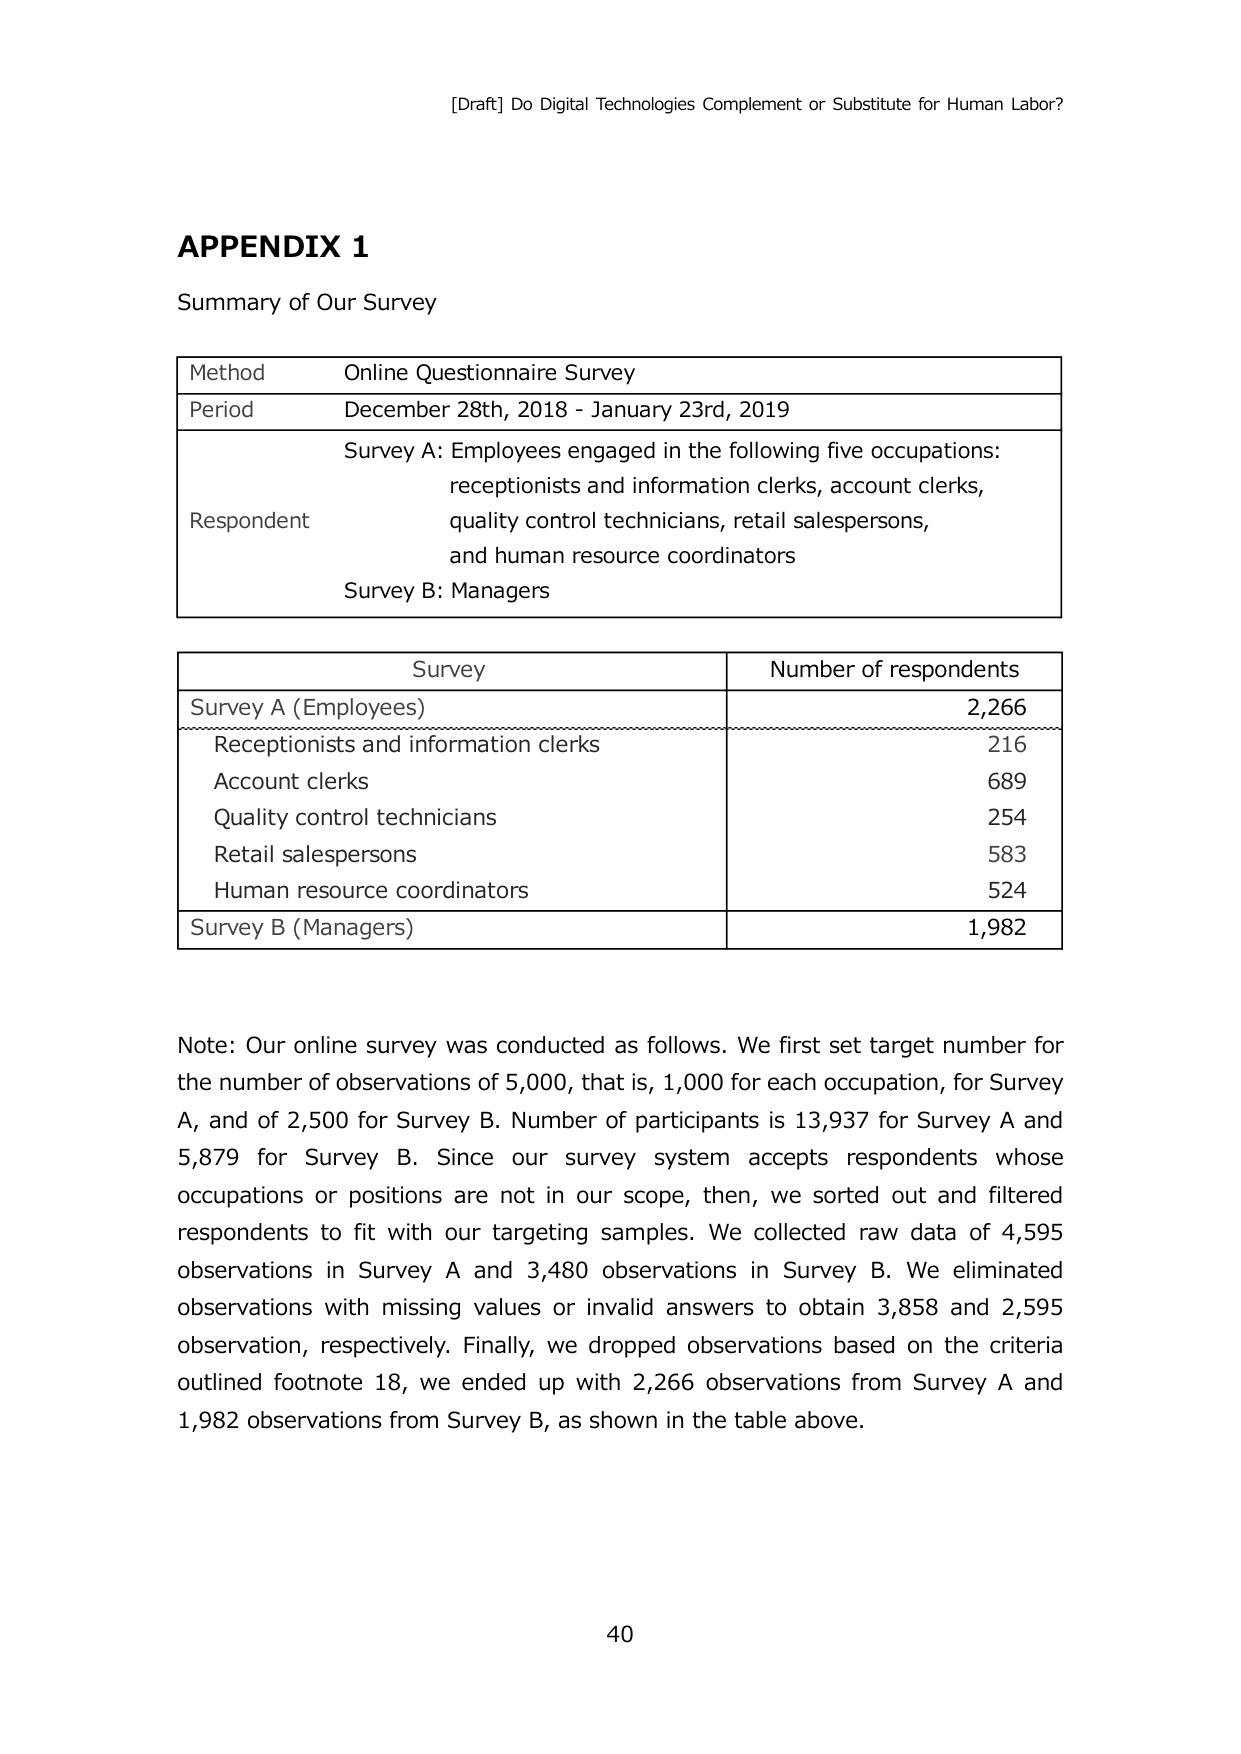
[Draft] Do Digital Technologies Complement or Substitute for Human Labor?

APPENDIX 1
Summary of Our Survey

Method	Online Questionnaire Survey
Period	December 28th, 2018 - January 23rd, 2019
Respondent	Survey A: Employees engaged in the following five occupations:
receptionists and information clerks, account clerks,
quality control technicians, retail salespersons,
and human resource coordinators
Survey B: Managers

Survey	Number of respondents
Survey A (Employees)	2,266
Receptionists and information clerks	216
Account clerks	689
Quality control technicians	254
Retail salespersons	583
Human resource coordinators	524
Survey B (Managers)	1,982

Note: Our online survey was conducted as follows. We first set target number for the number of observations of 5,000, that is, 1,000 for each occupation, for Survey A, and of 2,500 for Survey B. Number of participants is 13,937 for Survey A and 5,879 for Survey B. Since our survey system accepts respondents whose occupations or positions are not in our scope, then, we sorted out and filtered respondents to fit with our targeting samples. We collected raw data of 4,595 observations in Survey A and 3,480 observations in Survey B. We eliminated observations with missing values or invalid answers to obtain 3,858 and 2,595 observation, respectively. Finally, we dropped observations based on the criteria outlined footnote 18, we ended up with 2,266 observations from Survey A and 1,982 observations from Survey B, as shown in the table above.

40